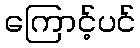
ကြောင့်ပင်